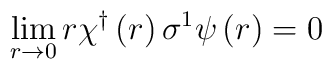
\lim_{r\rightarrow 0}r\chi ^{\dagger }\left( r\right) \sigma ^{1}\psi \left(r\right) =0